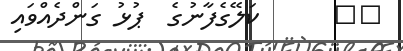
٧٢      ކަލޭގެފާނުގެ  ޕުޅު ގަންދެއްވައި